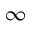
\infty